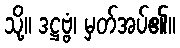
သို့။ ဒဋ္ဌဗ္ဗံ၊ မှတ်အပ်၏။